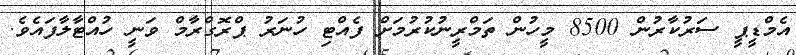
އެމްޑީޕީ ސަރުކާރުން 8500 މީހުން ތަމްރީނުކުރުމަށް ފެއްޓި ހުނަރު ޕްރޮގްރާމް ވަނީ ހުއްޓާލާފައެވެ.